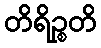
တိရိဉ္စတိ